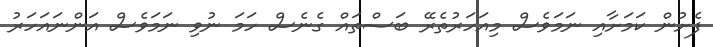
ފެށުން ކަމަށާއި ނަމަވެސް މިއަހަރުތެރޭ ބަސްތައް ގެނެސް ހަމަ ނުވި ނަމަވެސް އަންނައަހަރު